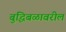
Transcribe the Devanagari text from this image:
बुद्धिबळावरील